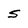
Character: 5